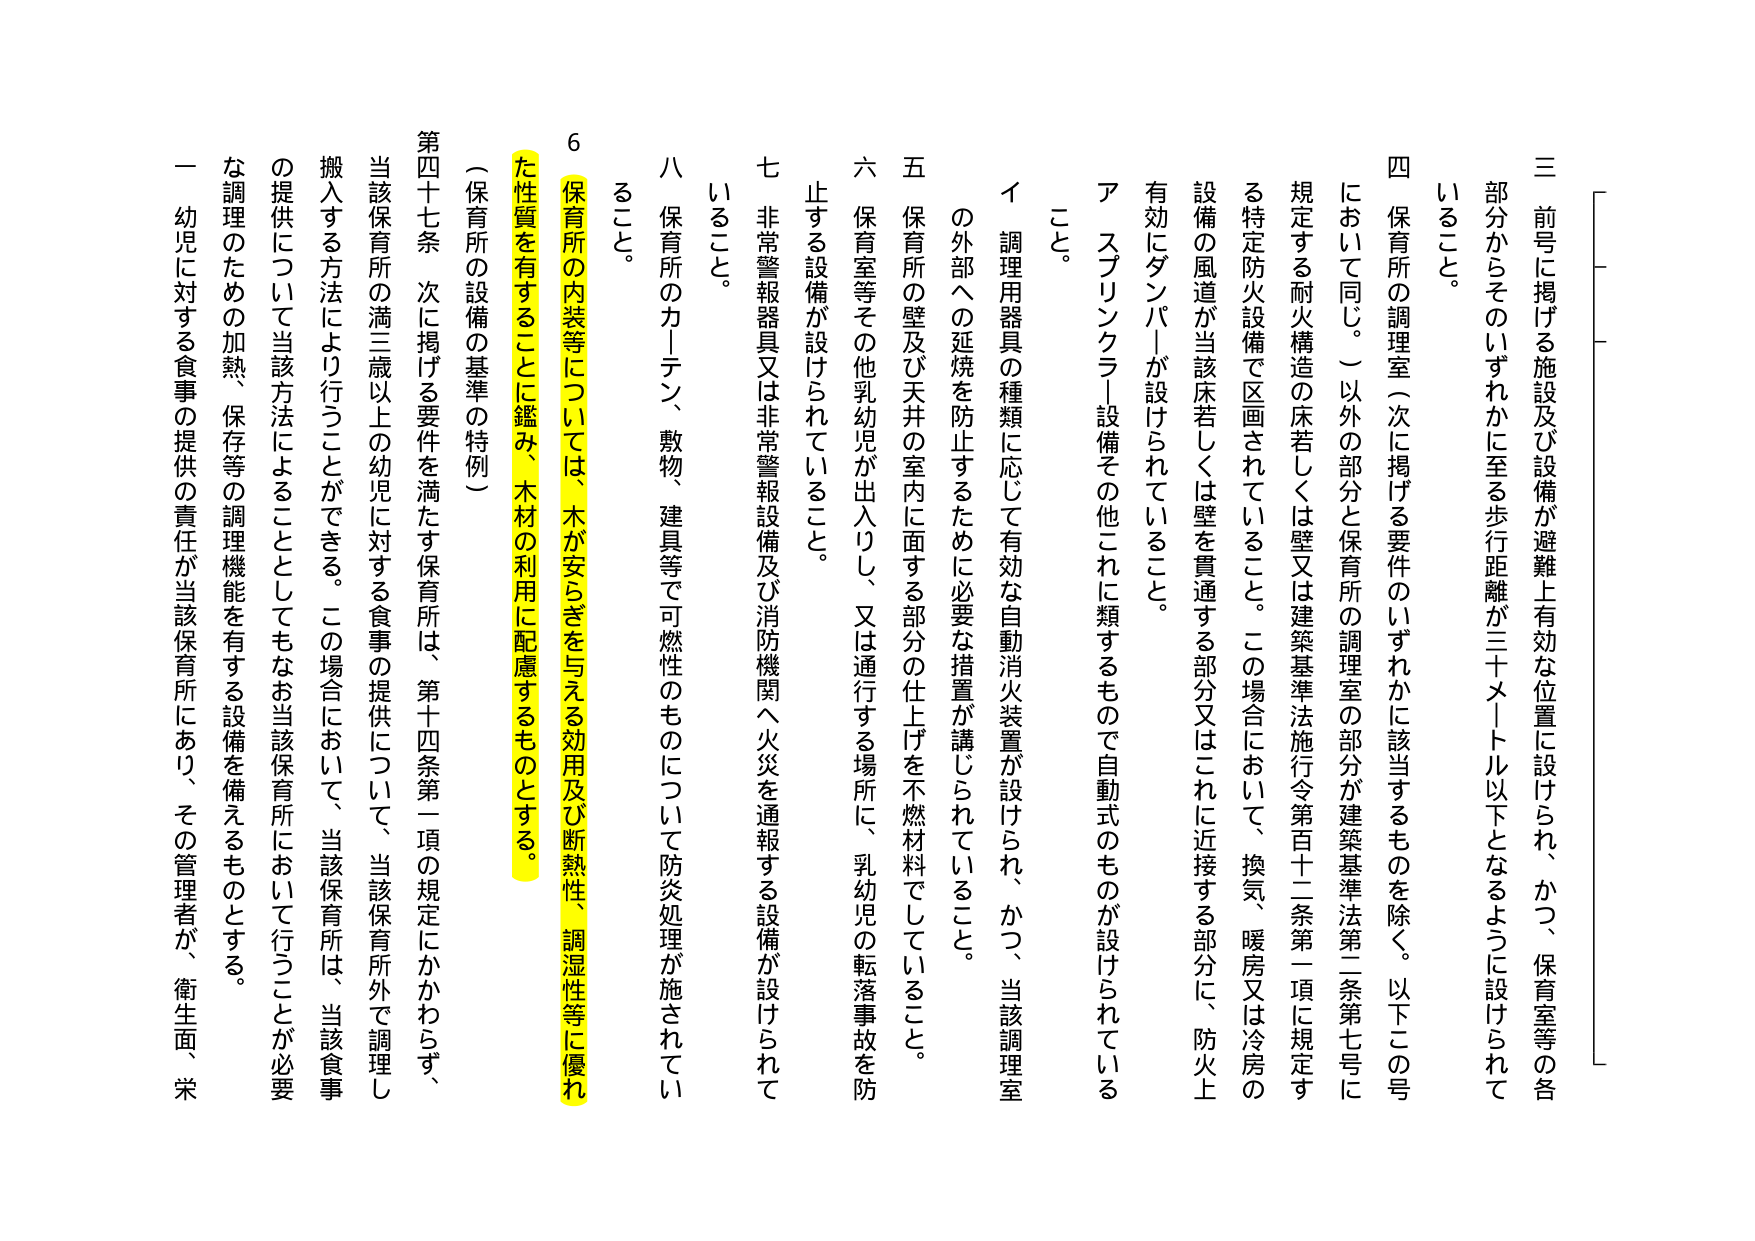
三 前号に掲げる施設及び設備が避難上有効な位置に設けられ、かつ、保育室等の各部分からそのいずれかに至る歩行距離が三十メートル以下となるように設けられていること。

四 保育所の調理室（次に掲げる要件のいずれかに該当するものを除く。以下この号において同じ。）以外の部分と保育所の調理室の部分が建築基準法第二条第七号に規定する耐火構造の床若しくは壁又は建築基準法施行令第百十二条第一項に規定する特定防火設備で区画されていること。この場合において、換気、暖房又は冷房の設備の風道が当該床若しくは壁を貫通する部分又はこれに近接する部分に、防火上有効にダンパーが設けられていること。

ア スプリンクラー設備その他これに類するもので自動式のものが設けられていること。

イ 調理用器具の種類に応じて有効な自動消火装置が設けられ、かつ、当該調理室の外部への延焼を防止するために必要な措置が講じられていること。

五 保育所の壁及び天井の室内に面する部分の仕上げを不燃材料でしていること。

六 保育室等その他乳幼児が出入りし、又は通行する場所に、乳幼児の転落事故を防止する設備が設けられていること。

七 非常警報器具又は非常警報設備及び消防機関へ火災を通報する設備が設けられていること。

八 保育所のカーテン、敷物、建具等で可燃性のものについて防炎処理が施されていること。

６ 保育所の内装等については、木が安らぎを与える効用及び断熱性、調湿性等に優れた性質を有することに鑑み、木材の利用に配慮するものとする。

（保育所の設備の基準の特例）

第四十七条 次に掲げる要件を満たす保育所は、第十四条第一項の規定にかかわらず、当該保育所の満三歳以上の幼児に対する食事の提供について、当該保育所外で調理し搬入する方法により行うことができる。この場合において、当該保育所は、当該食事の提供について当該方法によることとしてもなお当該保育所において行うことが必要な調理のための加熱、保存等の調理機能を有する設備を備えるものとする。

一 幼児に対する食事の提供の責任が当該保育所にあり、その管理者が、衛生面、栄